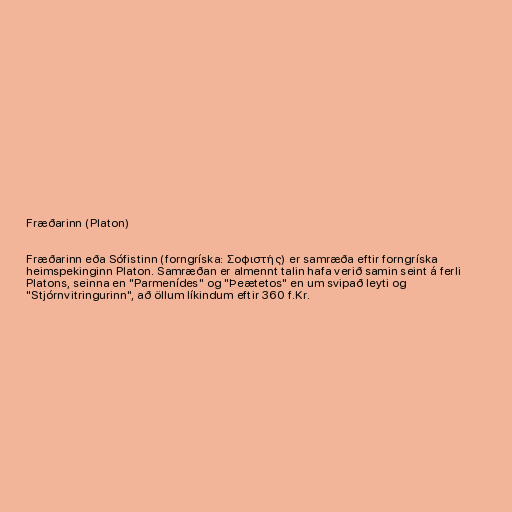
Fræðarinn (Platon)

Fræðarinn eða Sófistinn (forngríska: Σοφιστής) er samræða eftir forngríska
heimspekinginn Platon. Samræðan er almennt talin hafa verið samin seint á ferli
Platons, seinna en "Parmenídes" og "Þeætetos" en um svipað leyti og
"Stjórnvitringurinn", að öllum líkindum eftir 360 f.Kr.